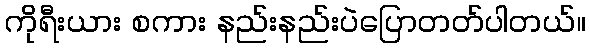
ကိုရီးယား စကား နည်းနည်းပဲပြောတတ်ပါတယ်။